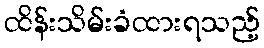
ထိန်းသိမ်းခံထားရသည့်